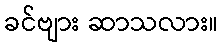
ခင်ဗျား ဆာသလား။